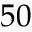
5 0